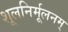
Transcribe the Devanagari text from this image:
शूलनिर्मूलनम्